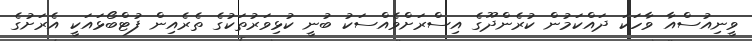
ވީނިއުސްއާ ވާހަކަ ދައްކަމުން ކުރެންދޫގެ އިސްރަށްވެއްސަކު ބުނީ ކުޅިވަރުތަކުގެ ތެރެއިން ފުޓްބޯޅައަކީ އެރަށުގެ